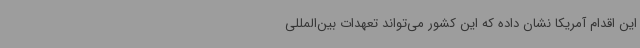
این اقدام آمریکا نشان داده که این کشور می‌تواند تعهدات بین‌المللی